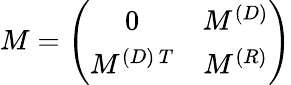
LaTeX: M=\left(\begin{array}{cc}{{0}}&{{M^{(D)}}}\\ {{M^{(D)\, T}}}&{{M^{(R)}}}\end{array}\right)